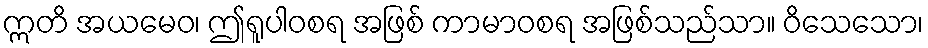
ဣတိ အယမေဝ၊ ဤရူပါဝစရ အဖြစ် ကာမာဝစရ အဖြစ်သည်သာ။ ဝိသေသော၊